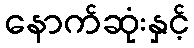
နောက်ဆုံးနှင့်